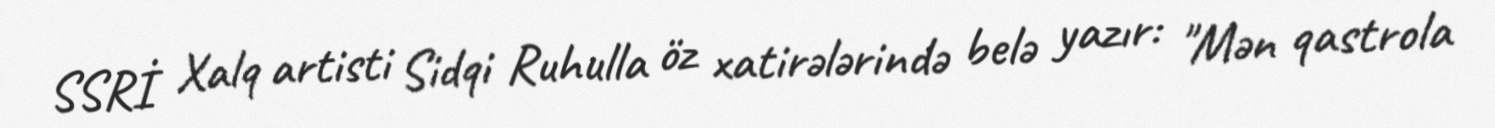
SSRİ Xalq artisti Sidqi Ruhulla öz xatirələrində belə yazır: "Mən qastrola